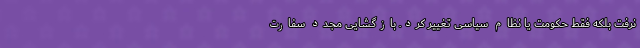
نرفت بلکه فقط حکومت یا نظام سیاسی تغییر کرد. بازگشایی مجدد سفارت